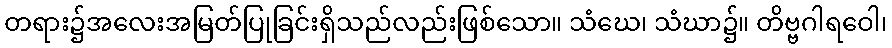
တရား၌အလေးအမြတ်ပြုခြင်းရှိသည်လည်းဖြစ်သော။ သံဃေ၊ သံဃာ၌။ တိဗ္ဗဂါရဝေါ၊